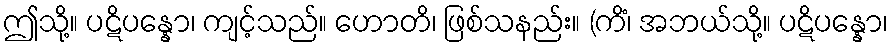
ဤသို့။ ပဋိပန္နော၊ ကျင့်သည်။ ဟောတိ၊ ဖြစ်သနည်း။ (ကိံ၊ အဘယ်သို့။ ပဋိပန္နော၊